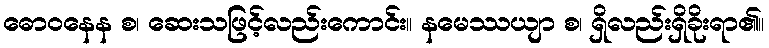
ဓောဝနေန စ၊ ဆေးသဖြင့်လည်းကောင်း။ နမေဿယျာ စ၊ ရှိလည်းရှိခိုးရာ၏။